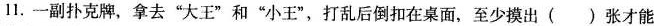
11.一副扑克牌，拿去”大王”和”小王”，打乱后倒扣在桌面，至少摸出()张才能